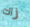
زاك